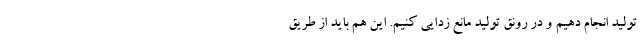
تولید انجام دهیم و در رونق تولید مانع زدایی کنیم. این هم باید از طریق